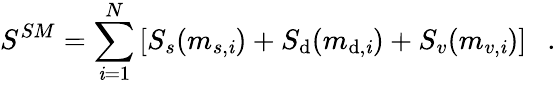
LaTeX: S^{SM}=\sum_{\mathit{i}=1}^{N}\left[S_{s}(m_{s,\mathit{i}})+S_{\mathrm{d}}(m_{\mathrm{d},\mathit{i}})+S_{v}(m_{v,\mathit{i}})\right]~~~.